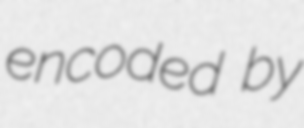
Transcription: encoded by